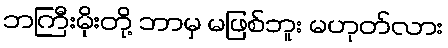
ဘကြီးမိုးတို့ ဘာမှ မဖြစ်ဘူး မဟုတ်လား